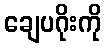
ချေပဂိုးကို